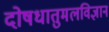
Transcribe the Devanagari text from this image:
दोषधातुमलविज्ञान